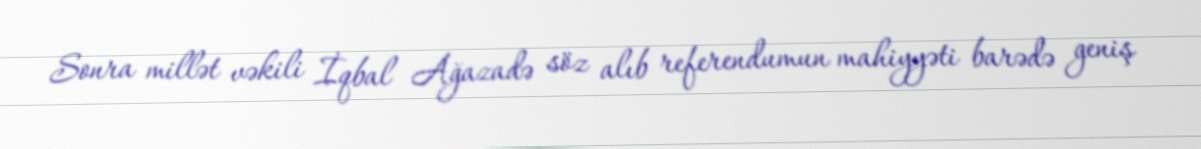
Sonra millət vəkili İqbal Ağazadə söz alıb referendumun mahiyyəti barədə geniş